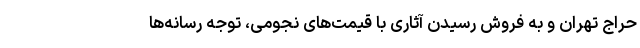
حراج تهران و به فروش رسیدن آثاری با قیمت‌های نجومی، توجه رسانه‌ها